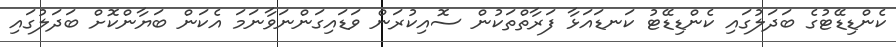
ކެންޑިޑޭޓުގެ ބަދަލުގައި ކެންޑިޑޭޓު ކަނޑައަޅާ ފަރާތްތަކުން ސޮއިކުރަން ވަޑައިގަންނަވާނަމަ އެކަން ބަޔާންކޮށް ބަދަލުގައި